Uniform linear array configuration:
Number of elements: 4
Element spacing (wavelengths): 0.25
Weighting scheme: cosine
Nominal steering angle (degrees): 30
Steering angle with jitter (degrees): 31.879
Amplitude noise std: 0.05
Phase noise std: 0.05

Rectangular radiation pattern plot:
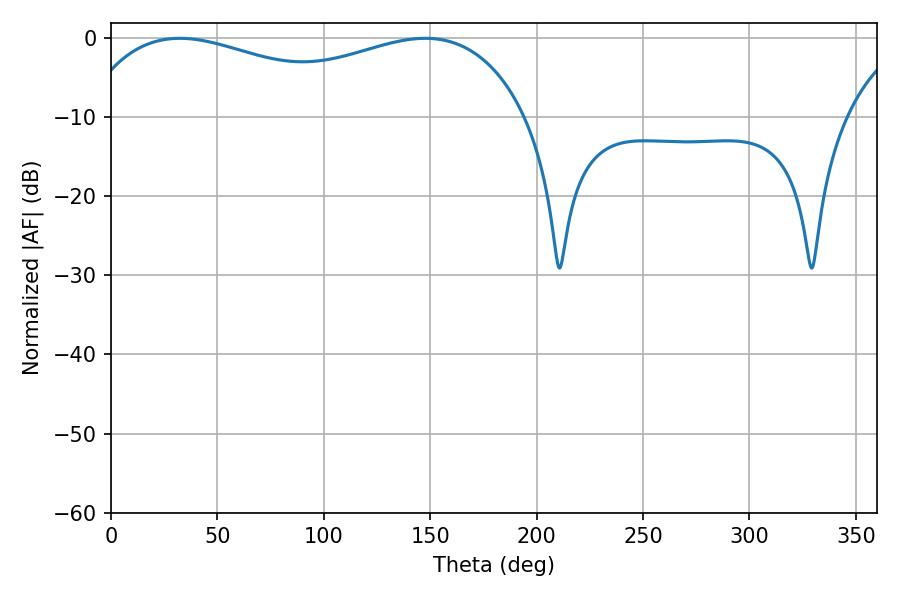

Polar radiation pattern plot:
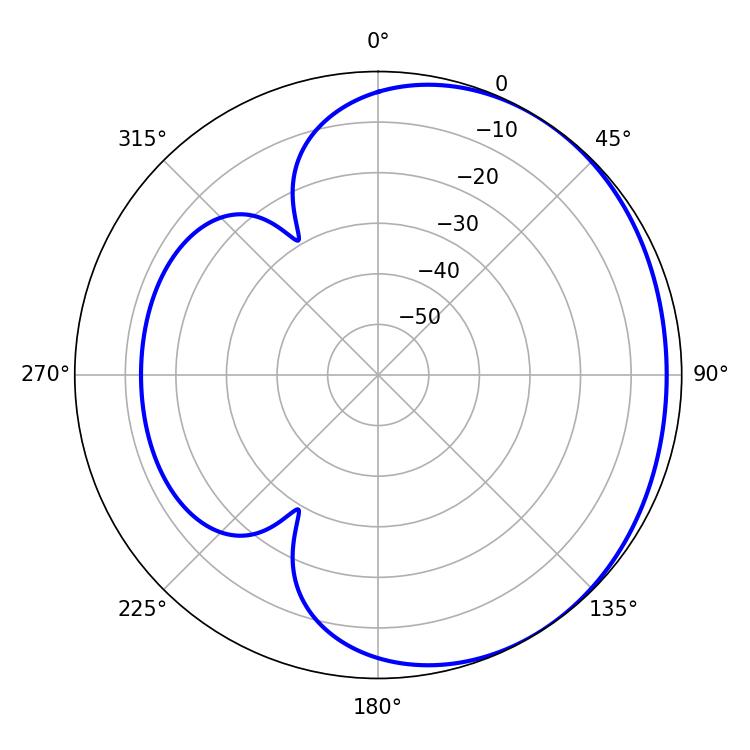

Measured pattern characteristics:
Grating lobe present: FALSE
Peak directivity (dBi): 1.654
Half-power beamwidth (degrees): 172.08
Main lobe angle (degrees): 32.4